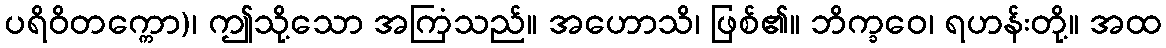
ပရိဝိတက္ကော)၊ ဤသို့သော အကြံသည်။ အဟောသိ၊ ဖြစ်၏။ ဘိက္ခဝေ၊ ရဟန်းတို့။ အထ